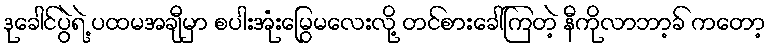
ဒုခေါင်ပွဲရဲ့ ပထမအချီမှာ စပါးအုံးမြွေမလေးလို့ တင်စားခေါ်ကြတဲ့ နီကိုလာဘာ့ခ် ကတော့